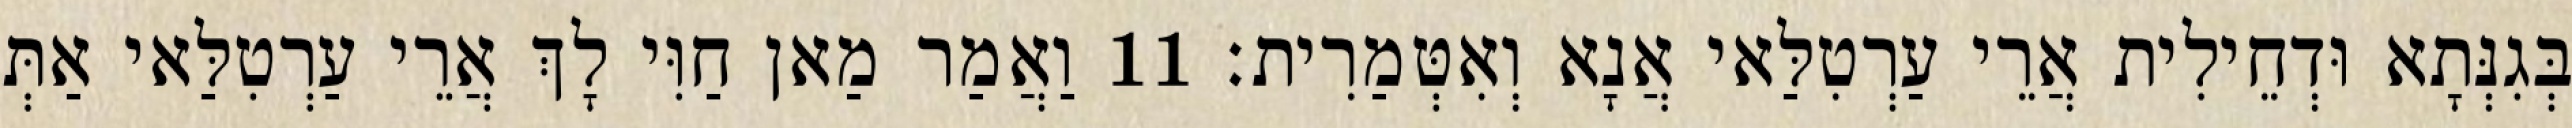
בְּגִנְּתָא וּדְחֵילִית אֲרֵי עַרְטִלַּאי אֲנָא וְאִטְּמַרִית׃ 11 וַאֲמַר מַאן חַוִּי לָךְ אֲרֵי עַרְטִלַּאי אַתְּ